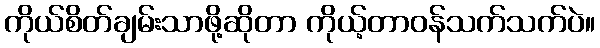
ကိုယ်စိတ်ချမ်းသာဖို့ဆိုတာ ကိုယ့်တာဝန်သက်သက်ပဲ။